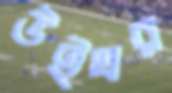
উইঘর